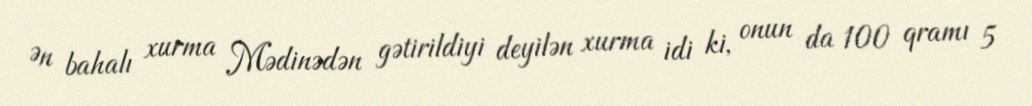
Ən bahalı xurma Mədinədən gətirildiyi deyilən xurma idi ki, onun da 100 qramı 5